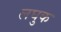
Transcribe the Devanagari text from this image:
लघुक